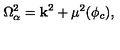
\Omega _ { \alpha } ^ { 2 } = { \bf k } ^ { 2 } + \mu ^ { 2 } ( \phi _ { c } ) ,